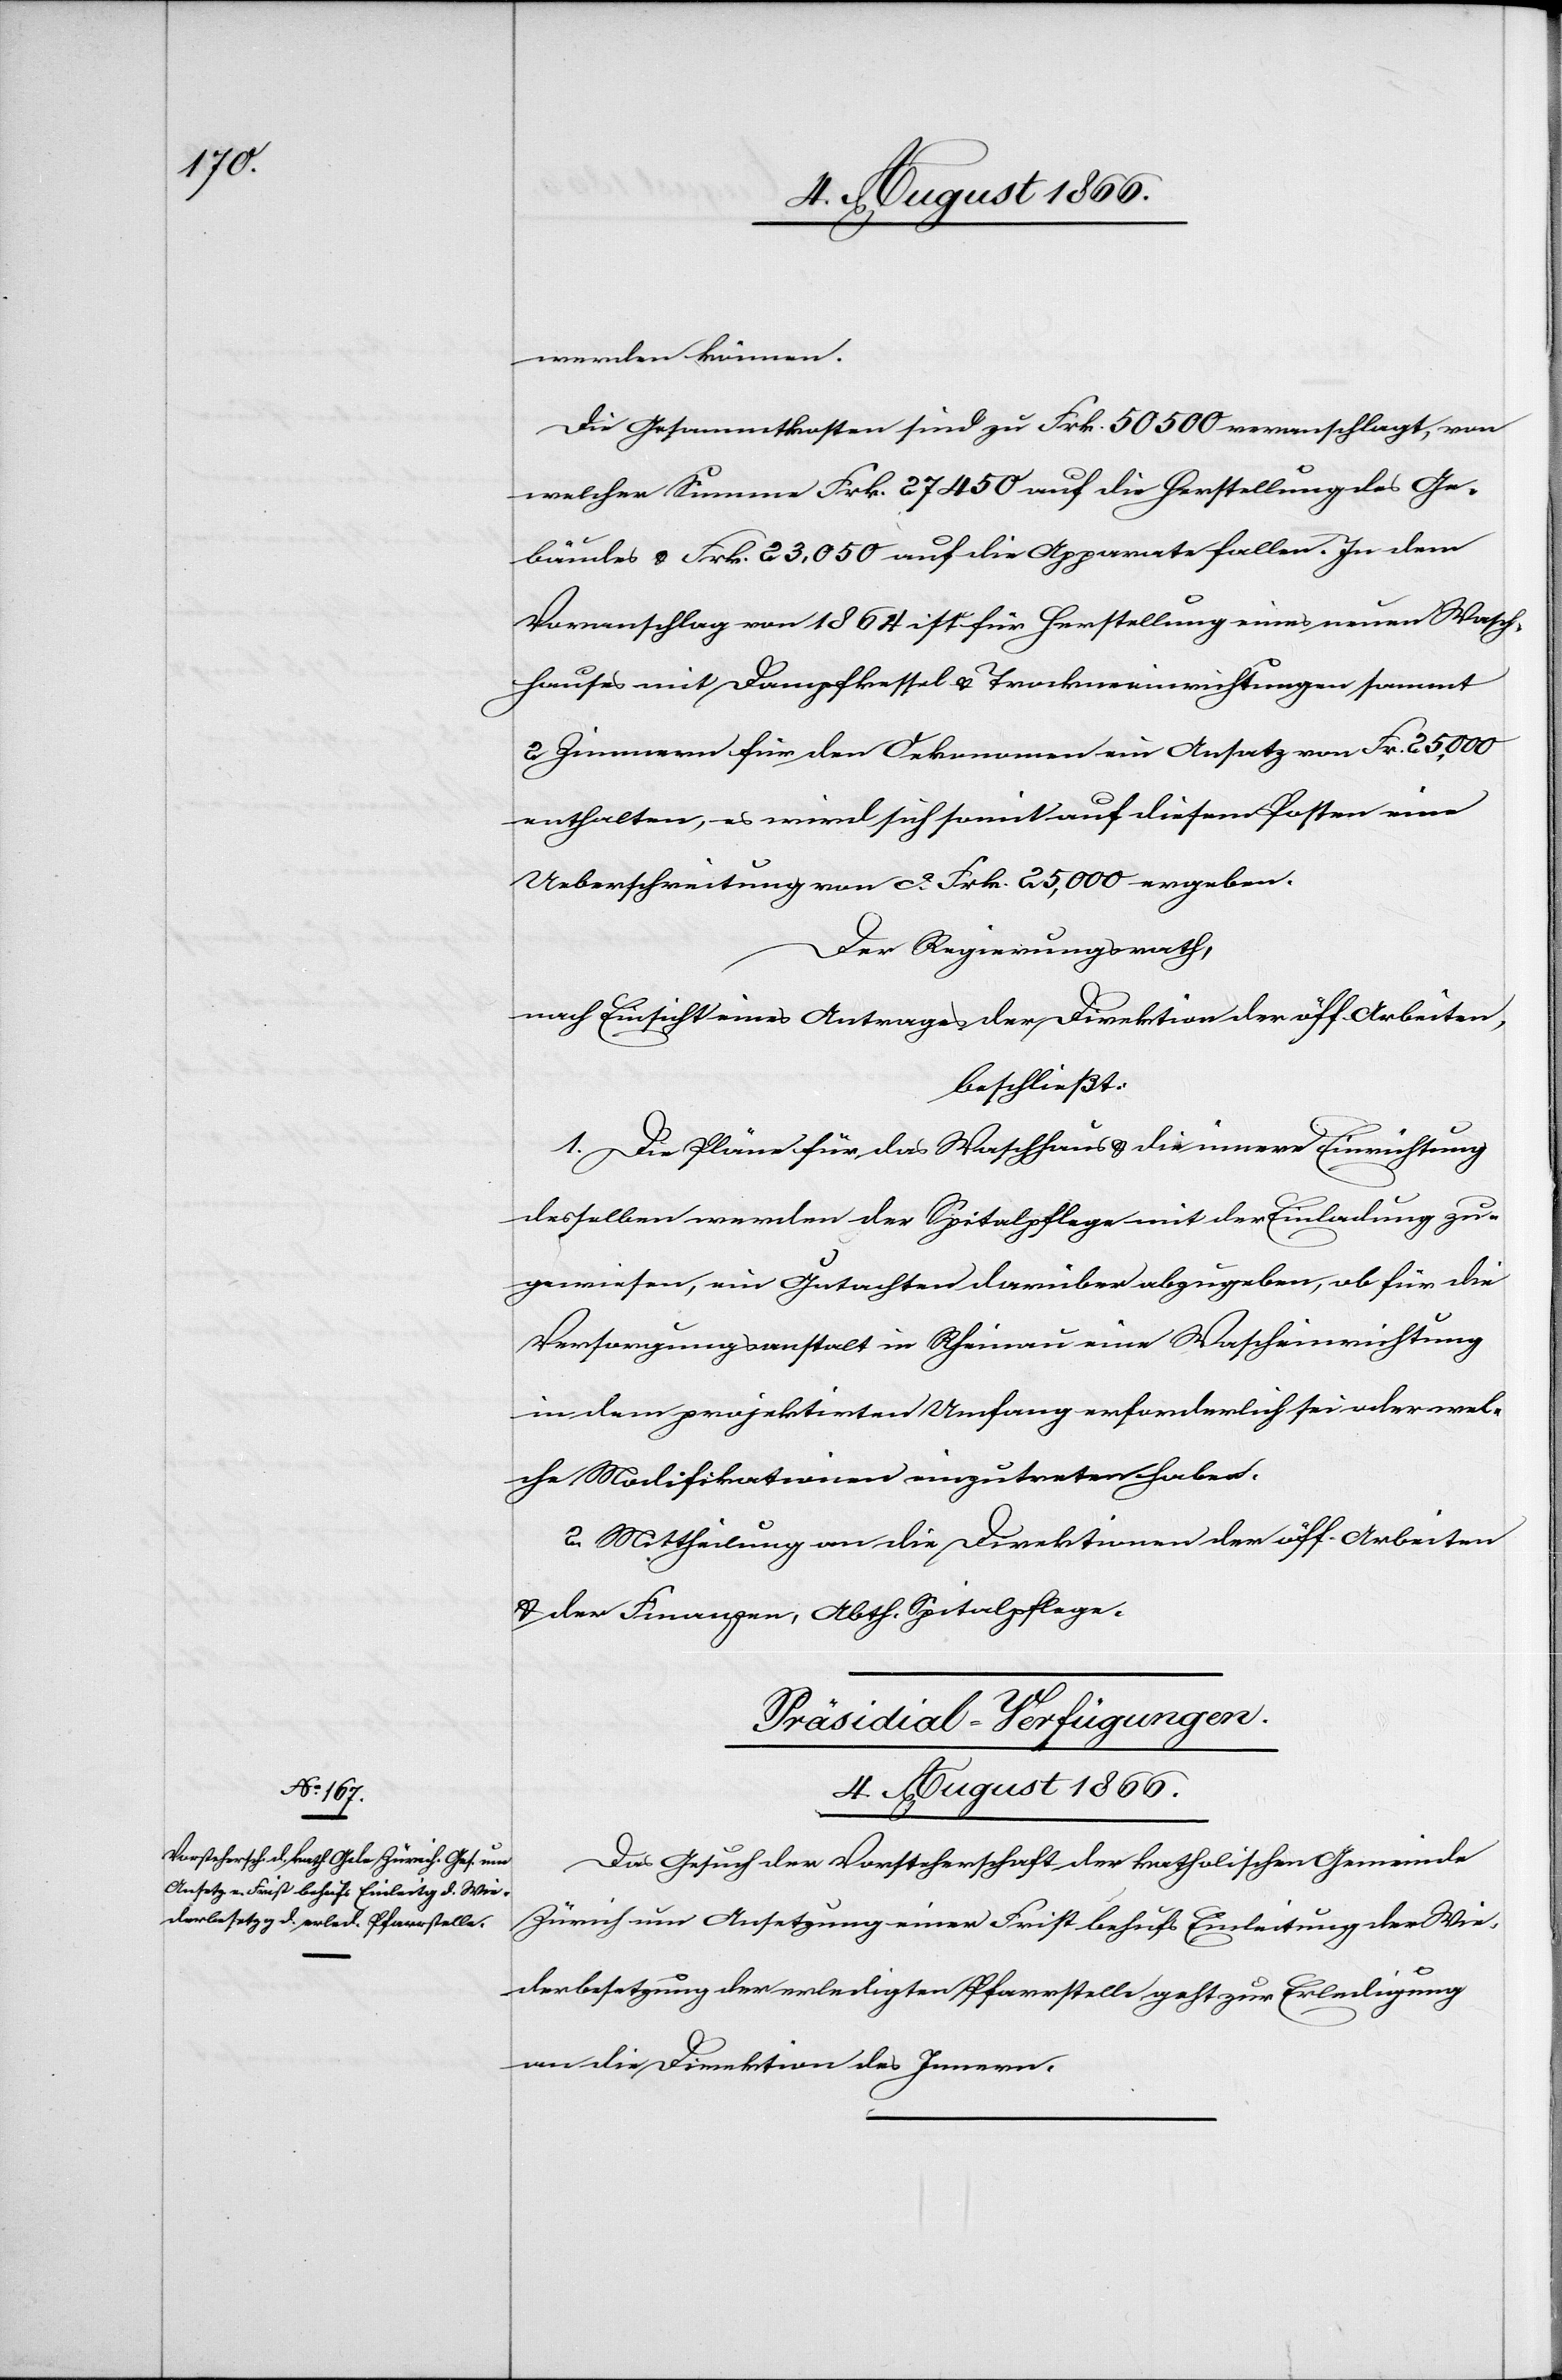
4. August 1866.
werden können.
Die Gesammtkosten sind zu Frk. 50 500 veranschlagt, von
welcher Summe Frk. 27 450 auf die Herstellung des Ge¬
bäudes u. Frk. 23 050 auf die Apparate fallen. In dem
Voranschlag von 1864 ist für Herstellung eines neuen Wasch¬
hauses mit Dampfkessel u. Trocknereieinrichtungen sammt
2 Zimmern für den Oekonomen ein Ansatz von Frk. 25 000
enthalten, es wird sich somit auf diesen Kosten eine
Ueberschreitung von ca. Frk. 25 000 ergeben.
Der Regierungsrath,
nach Einsicht eines Antrages der Direktion der öff. Arbeiten,
beschließt:
1. Die Pläne für das Waschhaus u. die innere Einrichtung
desselben werden der Spitalpflege mit der Einladung zu¬
gewiesen, ein Gutachten darüber abzugeben, ob für die
Versorgungsanstalt in Rheinau eine Wascheinrichtung
in dem projektirten Umfang erforderlich sei oder wel¬
che Modifikationen einzutreten haben.
2. Mittheilung an die Direktionen der öff. Arbeiten
u. der Finanzen, Abth. Spitalpflege.
Präsidial-Verfügungen.
Das Gesuch der Vorsteherschaft der katholischen Gemeinde
Zürich um Ansetzung einer Frist behufs Einleitung der Wie¬
derbesetzung der erledigten Pfarrstelle geht zur Erledigung
an die Direktion des Innern.